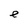
Character: e